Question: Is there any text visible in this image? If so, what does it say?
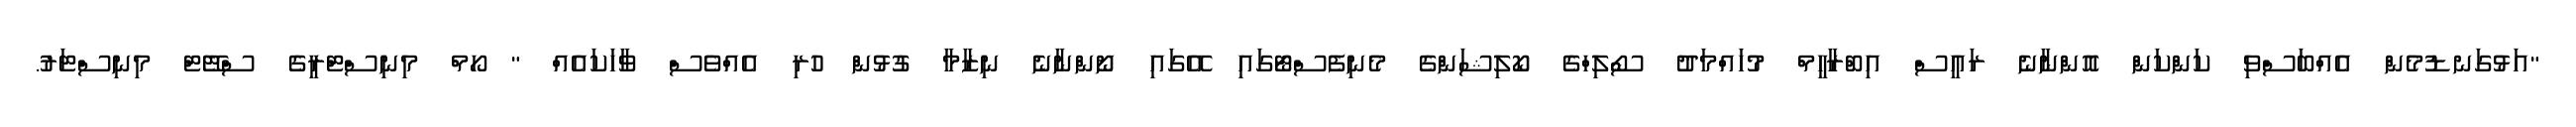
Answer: "އަޅުގަނޑުމެން އެއްބަސްވި ކަންކަން އޮންނާނެ ރައީސް އިބްރާހީމް މުހައްމަދު ސޯލިހްގެ ކޯލިޝަންގެ މެނިފެސްޓޯގައި އޭގައި ނޯންނާނެ ނިޒާމާ ގުޅުން ހުރި އެއްވެސް ވާހަކައެއް " ހޯމް މިނިސްޓްރީގެ ސްޓޭޓް މިނިސްޓަރު.